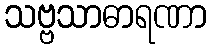
သဗ္ဗသာဓာရဏာ